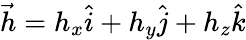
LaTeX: \vec{h}=h_{x}\hat{i}+h_{y}\hat{j}+h_{z}\hat{k}